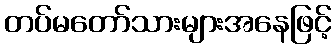
တပ်မတော်သားများအနေဖြင့်